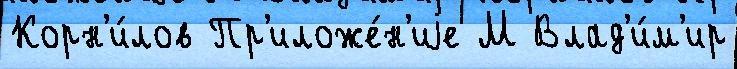
Корн'и́лов Пр'иложе́н'иjе М Влад'и́м'ир